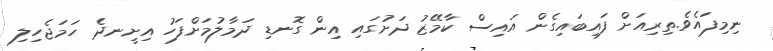
ނިމިފައެވެ.ތިރިއަށް ފައިބައިގެން އައިސް ކާމޭޒު ދަށުގައި އިން ގޮނޑި ދަމާލުމަށްފަހު އިށީނދެ ހަމަޖެހިލި